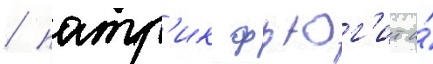
/ патр'ик фьюг'ит и́